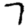
Digit: 7